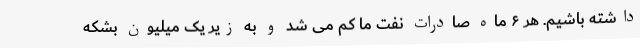
داشته باشیم. هر ۶ ماه صادرات نفت ما کم می شد و به زیر یک میلیون بشکه